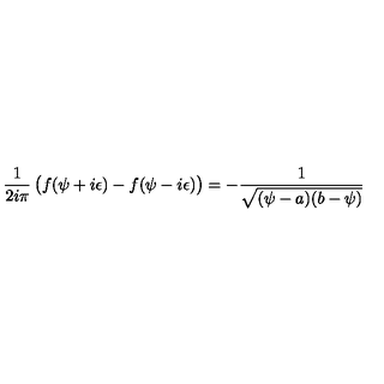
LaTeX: { \frac { 1 } { 2 i \pi } } \left( \strut f ( \psi + i \epsilon ) - f ( \psi - i \epsilon ) \right) = - { \frac { 1 } { \sqrt { ( \psi - a ) ( b - \psi ) } } }